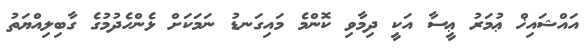
އައްޝައިޚް ޢުމަރު ޢީސާ އަކީ ދިމާވި ކޮންމެ މައިގަނޑު ނަމަކަށް ޅެންހެދުމުގެ ގާބިލިއްޔަތު